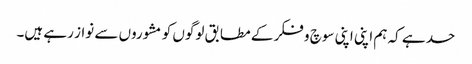
حد ہے کہ ہم اپنی اپنی سوچ و فکر کے مطابق لوگوں کو مشوروں سے نواز رہے ہیں۔